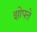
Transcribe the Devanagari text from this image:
झोपते